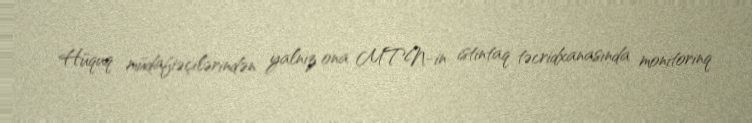
Hüquq müdafiəçilərindən yalnız ona MTN-in istintaq təcridxanasında monitorinq